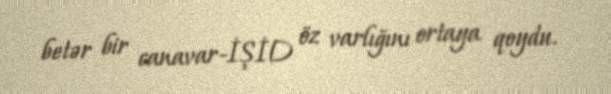
betər bir canavar-İŞİD öz varlığını ortaya qoydu.